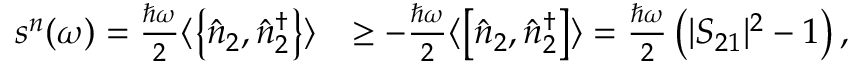
\begin{array} { r l } { s ^ { n } ( \omega ) = \frac { \hbar \omega } { 2 } \langle \left\{ \hat { n } _ { 2 } , \hat { n } _ { 2 } ^ { \dagger } \right\} \rangle } & { \ge - \frac { \hbar \omega } { 2 } \langle \left[ \hat { n } _ { 2 } , \hat { n } _ { 2 } ^ { \dagger } \right] \rangle = \frac { \hbar \omega } { 2 } \left( | S _ { 2 1 } | ^ { 2 } - 1 \right) , } \end{array}